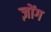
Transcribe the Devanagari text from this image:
ज़ोंग